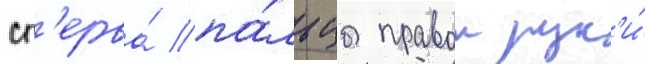
сп'ерва́ па́льцы правои рук'и́